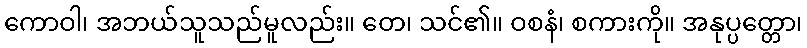
ကောဝါ၊ အဘယ်သူသည်မူလည်း။ တေ၊ သင်၏။ ဝစနံ၊ စကားကို။ အနုပ္ပတ္တော၊